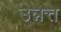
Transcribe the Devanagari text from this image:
उन्नत्त